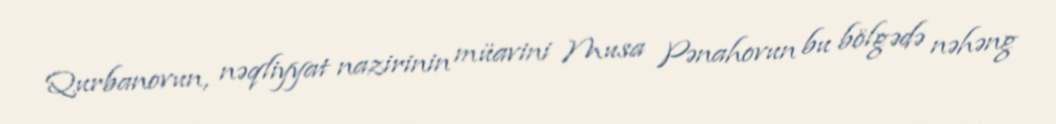
Qurbanovun, nəqliyyat nazirinin müavini Musa Pənahovun bu bölgədə nəhəng